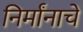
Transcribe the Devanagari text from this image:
निर्मांनाचे